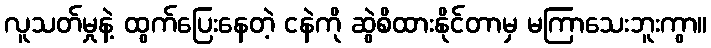
လူသတ်မှုနဲ့ ထွက်ပြေးနေတဲ့ ငနဲကို ဆွဲစိထားနိုင်တာမှ မကြာသေးဘူးကွာ။